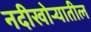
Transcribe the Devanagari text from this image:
नदीखोऱ्यातील